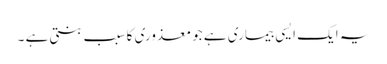
یہ ایک ایسی بیماری ہے جو معذوری کا سبب بنتی ہے ۔